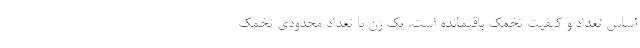
اساس تعداد و کیفیت تخمک باقیمانده است. یک زن با تعداد محدودی تخمک